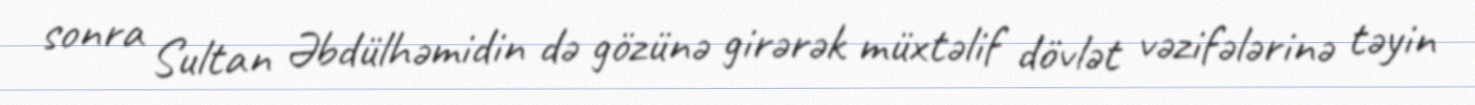
sonra Sultan Əbdülhəmidin də gözünə girərək müxtəlif dövlət vəzifələrinə təyin